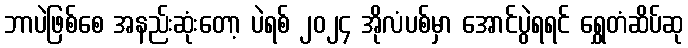
ဘာပဲဖြစ်စေ အနည်းဆုံးတော့ ပဲရစ် ၂၀၂၄ အိုလံပစ်မှာ အောင်ပွဲရရင် ရွှေတံဆိပ်ဆု